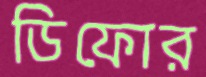
ডিফোর